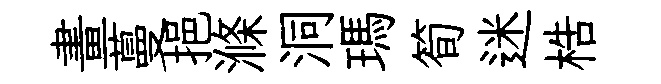
畫蔓挹滌洞瑪筍迷梏